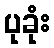
ပုခုံး